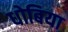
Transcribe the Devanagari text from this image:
धोबिया